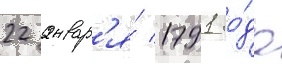
22 январ'я́ 1791 го́да